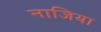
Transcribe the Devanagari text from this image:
नाजिया